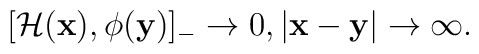
[{\cal H}({\bf x}), \phi({\bf y})]_-\rightarrow 0, |{\bf x}-{\bf y}| \rightarrow \infty.